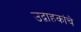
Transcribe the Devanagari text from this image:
उद्वाहकांचे